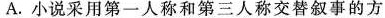
A.小说采用第一人称和第三人称交替叙事的方